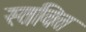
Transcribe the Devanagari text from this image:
स्तवित